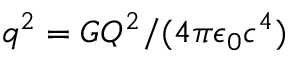
q ^ { 2 } = G Q ^ { 2 } / ( 4 \pi \epsilon _ { 0 } c ^ { 4 } )